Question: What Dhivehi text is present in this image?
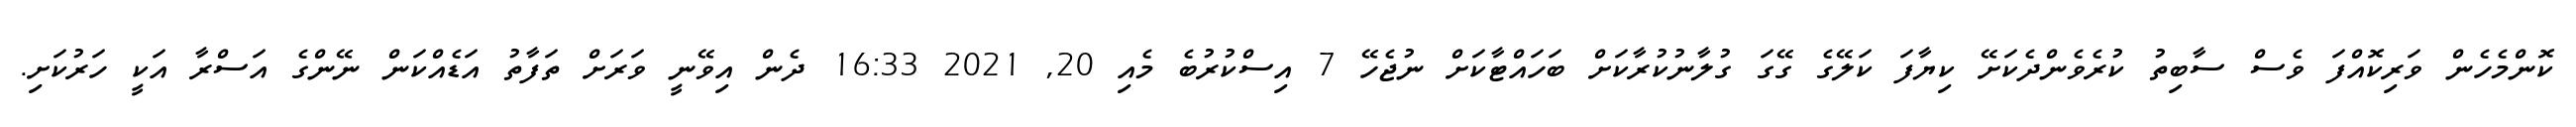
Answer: ކޮންމެހެން ވަރިކޮއްފަ ވެސް ސާބިތު ކުރެވެންދެކަށޭ ކިޔާފަ ކަލޭގެ ގޭގަ ގުލާނުކުރާކަށް ބަހައްޓާކަށް ނުޖެހޭ 7 އިސްކުރުބެ މެއި 20, 2021 16:33 ދެން އިވޭނީ ވަރަށް ތަފާތު އަޑެއްކަން ނޭންގެ އަސްރާ އަކީ ހަރުކަށި.